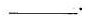
___.